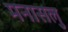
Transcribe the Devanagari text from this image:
मनासलु